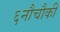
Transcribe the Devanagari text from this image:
६नौचौकी